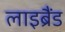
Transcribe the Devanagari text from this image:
लाइब्रैंड